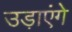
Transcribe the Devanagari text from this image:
उड़ाएंगे